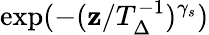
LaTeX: \exp(-(\mathbf{z}/T_{\Delta}^{-1})^{\gamma_{s}})